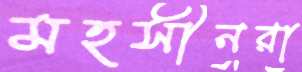
মহসীনরা